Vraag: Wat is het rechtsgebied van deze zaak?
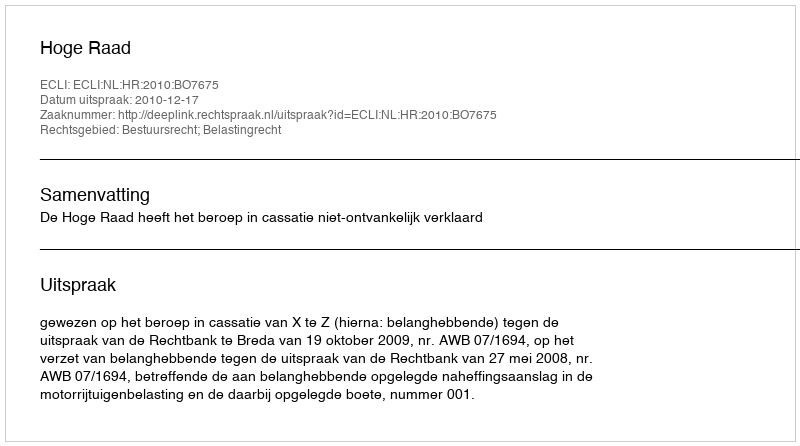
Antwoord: Bestuursrecht; Belastingrecht